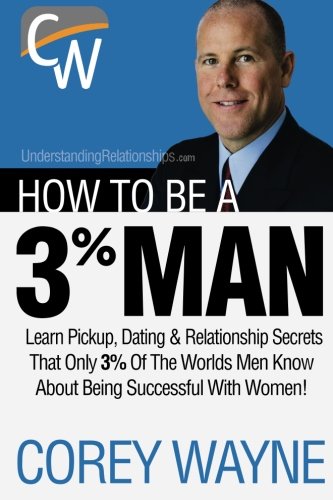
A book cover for How To Be A 3% Man, Winning The Heart Of The Woman Of Your Dreams; Corey Wayne; Self-Help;